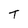
Character: T